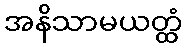
အနိသာမယတ္ထံ